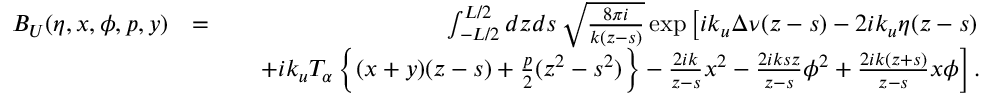
\begin{array} { r l r } { B _ { U } ( \eta , x , \phi , p , y ) } & { = } & { \int _ { - L / 2 } ^ { L / 2 } d z d s \, \sqrt { \frac { 8 \pi i } { k ( z - s ) } } \exp \left[ i k _ { u } \Delta \nu ( z - s ) - 2 i k _ { u } \eta ( z - s ) \right. } \\ & { } & { \quad \left. + i k _ { u } T _ { \alpha } \left\{ ( x + y ) ( z - s ) + \frac { p } { 2 } ( z ^ { 2 } - s ^ { 2 } ) \right\} - \frac { 2 i k } { z - s } x ^ { 2 } - \frac { 2 i k s z } { z - s } \phi ^ { 2 } + \frac { 2 i k ( z + s ) } { z - s } x \phi \right] . } \end{array}